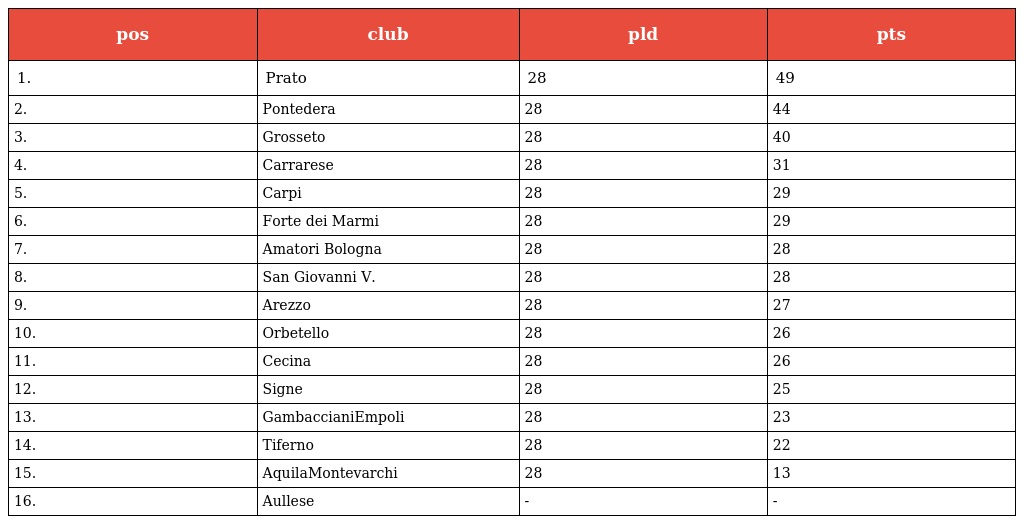
| pos | club | pld | pts |
 | --- | --- | --- | --- |
 | 1. | Prato | 28 | 49 |
 | 2. | Pontedera | 28 | 44 |
 | 3. | Grosseto | 28 | 40 |
 | 4. | Carrarese | 28 | 31 |
 | 5. | Carpi | 28 | 29 |
 | 6. | Forte dei Marmi | 28 | 29 |
 | 7. | Amatori Bologna | 28 | 28 |
 | 8. | San Giovanni V. | 28 | 28 |
 | 9. | Arezzo | 28 | 27 |
 | 10. | Orbetello | 28 | 26 |
 | 11. | Cecina | 28 | 26 |
 | 12. | Signe | 28 | 25 |
 | 13. | GambaccianiEmpoli | 28 | 23 |
 | 14. | Tiferno | 28 | 22 |
 | 15. | AquilaMontevarchi | 28 | 13 |
 | 16. | Aullese | - | - |